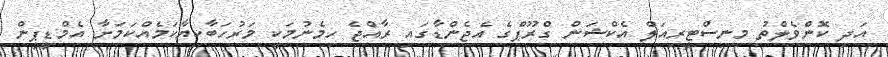
އަދި ކޮންވެލްތު މިނިސްޓީރިއަލް އެކްޝަން ގްރޫޕްގެ އެޖެންޑާގައި ރާއްޖެ ހިމެނުމަކީ މަރުހަބާކިޔާކަމެއްކަމަށާ އެމްޑީޕީން